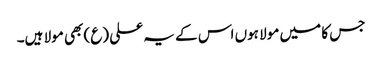
جس کا میں مولا ہوں اس کے یہ علی (ع) بھی مولا ہیں۔